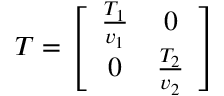
T = \left[ \begin{array} { c c } { { \frac { T _ { 1 } } { v _ { 1 } } } } & { { 0 } } \\ { { 0 } } & { { \frac { T _ { 2 } } { v _ { 2 } } } } \end{array} \right]